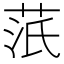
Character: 䓋